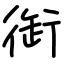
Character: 衘